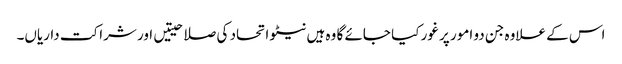
اس کے علاوہ جن دو امور پر غور کیا جائے گا وہ ہیں نیٹو اتحاد کی صلاحیتیں اور شراکت داریاں۔